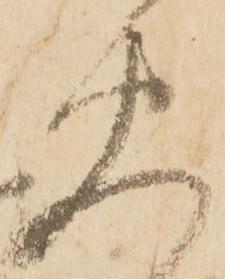
免